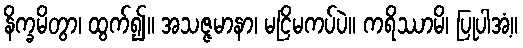
နိက္ခမိတွာ၊ ထွက်၍။ အသဇ္ဇမာနာ၊ မငြိမကပ်ပဲ။ ကရိဿာမိ၊ ပြုပါအံ့။